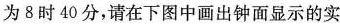
为8时40分，请在下图中画出钟面显示的实